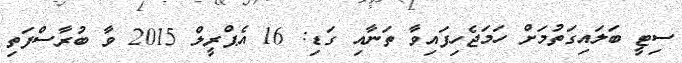
ސިޓީ ބަލައިގަތުމަށް ހަމަޖެހިފައިވާ ތަނާއި ގަޑި: 16 އެޕްރީލް 2015 ވާ ބުރާސްފަތި